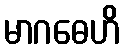
မာဂဓေဟိ